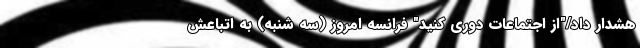
هشدار داد/"از اجتماعات دوری کنید" فرانسه امروز (سه شنبه) به اتباعش